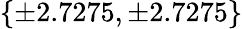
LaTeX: \{ \pm 2.7275,\pm 2.7275\}